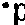
°p